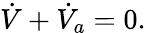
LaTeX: \dot{V}+\dot{V}_{a}=0.